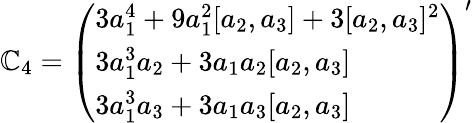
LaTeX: {\cal\mathbb{C}}_{4}=\left(\begin{array}{l}{{3a_{1}^{4}+9a_{1}^{2}[a_{2},a_{3}]+3[a_{2},a_{3}]^{2}}}\\ {{3a_{1}^{3}a_{2}+3a_{1}a_{2}[a_{2},a_{3}]}}\\ {{3a_{1}^{3}a_{3}+3a_{1}a_{3}[a_{2},a_{3}]}}\end{array}\right)^{\prime}